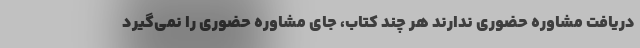
دریافت مشاوره حضوری ندارند هر چند کتاب، جای مشاوره حضوری را نمی‌گیرد